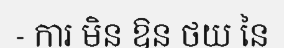
- ការ មិន ឱន ថយ នៃ